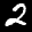
Label: 2